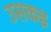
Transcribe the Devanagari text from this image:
उसकइ